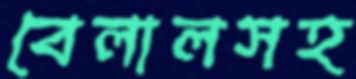
বেলালসহ